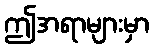
ဤအရာများမှာ